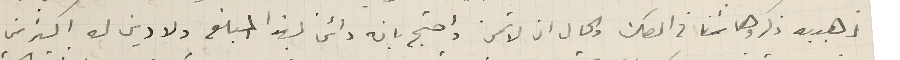
ذهبيه ذكروها ثمنا فى الصك والحال ان لا تمن واحتج بانه دائن بهذا المبلغ ولا دين له اكثر من